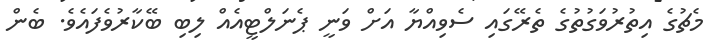
މެޗުގެ އިތުރުވަގުތުގެ ތެރޭގައި ސެވިއްޔާ އަށް ވަނީ ޕެނަލްޓީއެއް ލިބި ބޭކާރުވެފައެވެ. ބެން